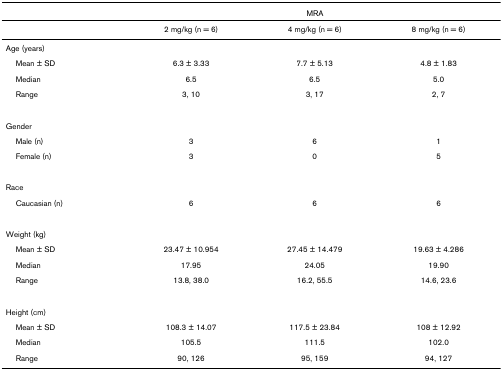
<table><thead><tr><td></td><td colspan="3"><b>MRA</b></td></tr></thead><tbody><tr><td></td><td>2 mg/kg (n = 6)</td><td>4 mg/kg (n = 6)</td><td>8 mg/kg (n = 6)</td></tr><tr><td>Age (years)</td><td></td><td></td><td></td></tr><tr><td> Mean ± SD</td><td>6.3 ± 3.33</td><td>7.7 ± 5.13</td><td>4.8 ± 1.83</td></tr><tr><td> Median</td><td>6.5</td><td>6.5</td><td>5.0</td></tr><tr><td> Range</td><td>3, 10</td><td>3, 17</td><td>2, 7</td></tr><tr><td>Gender</td><td></td><td></td><td></td></tr><tr><td> Male (n)</td><td>3</td><td>6</td><td>1</td></tr><tr><td> Female (n)</td><td>3</td><td>0</td><td>5</td></tr><tr><td>Race</td><td></td><td></td><td></td></tr><tr><td> Caucasian (n)</td><td>6</td><td>6</td><td>6</td></tr><tr><td>Weight (kg)</td><td></td><td></td><td></td></tr><tr><td> Mean ± SD</td><td>23.47 ± 10.954</td><td>27.45 ± 14.479</td><td>19.63 ± 4.286</td></tr><tr><td> Median</td><td>17.95</td><td>24.05</td><td>19.90</td></tr><tr><td> Range</td><td>13.8, 38.0</td><td>16.2, 55.5</td><td>14.6, 23.6</td></tr><tr><td>Height (cm)</td><td></td><td></td><td></td></tr><tr><td> Mean ± SD</td><td>108.3 ± 14.07</td><td>117.5 ± 23.84</td><td>108 ± 12.92</td></tr><tr><td> Median</td><td>105.5</td><td>111.5</td><td>102.0</td></tr><tr><td> Range</td><td>90, 126</td><td>95, 159</td><td>94, 127</td></tr></tbody></table>